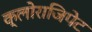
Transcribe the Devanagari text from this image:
क्लोराजिपेट